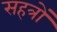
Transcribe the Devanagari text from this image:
सहत्रों